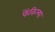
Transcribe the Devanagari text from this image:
फेंकिल्या